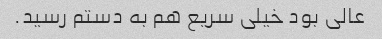
عالی ‌بود خیلی سریع هم به دستم رسید.